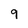
Character: 9